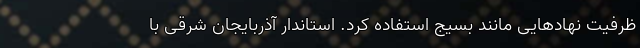
ظرفیت نهادهایی مانند بسیج استفاده کرد. استاندار آذربایجان شرقی با